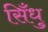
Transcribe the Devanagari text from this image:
सिँधु